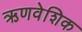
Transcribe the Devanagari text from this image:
ऋणवेशिक